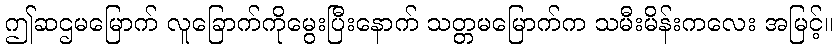
ဤဆဌမမြောက် လူခြောက်ကိုမွေးပြီးနောက် သတ္တမမြောက်က သမီးမိန်းကလေး အမြင့်။